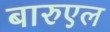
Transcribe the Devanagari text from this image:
बारुएल